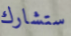
ستشارك